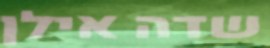
שדה אילן